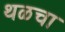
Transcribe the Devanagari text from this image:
थळचा